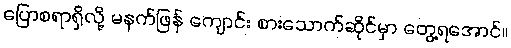
ပြောစရာရှိလို့ မနက်ဖြန် ကျောင်း စားသောက်ဆိုင်မှာ တွေ့ရအောင်။